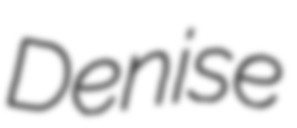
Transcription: Denise